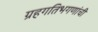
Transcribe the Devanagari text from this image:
ग्रहगतिभगणांची